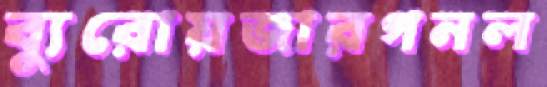
ব্যুরোয়জারগনল